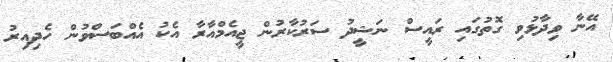
އޭނާ ވިދާޅުވި ގޮތުގައި ރައީސް ނަޝީދު ސަރުކާރުން ޖީއެމްއާރާ އެކު އެއްބަސްވުން ހެދިއިރު